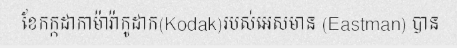
ខែកក្កដាកាម៉ារ៉ាកូដាក(Kodak)របស់អេសមាន (Eastman) បាន